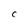
Character: C